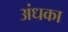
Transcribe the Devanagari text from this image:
अंधका